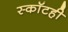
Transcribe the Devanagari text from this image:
स्कॉटही